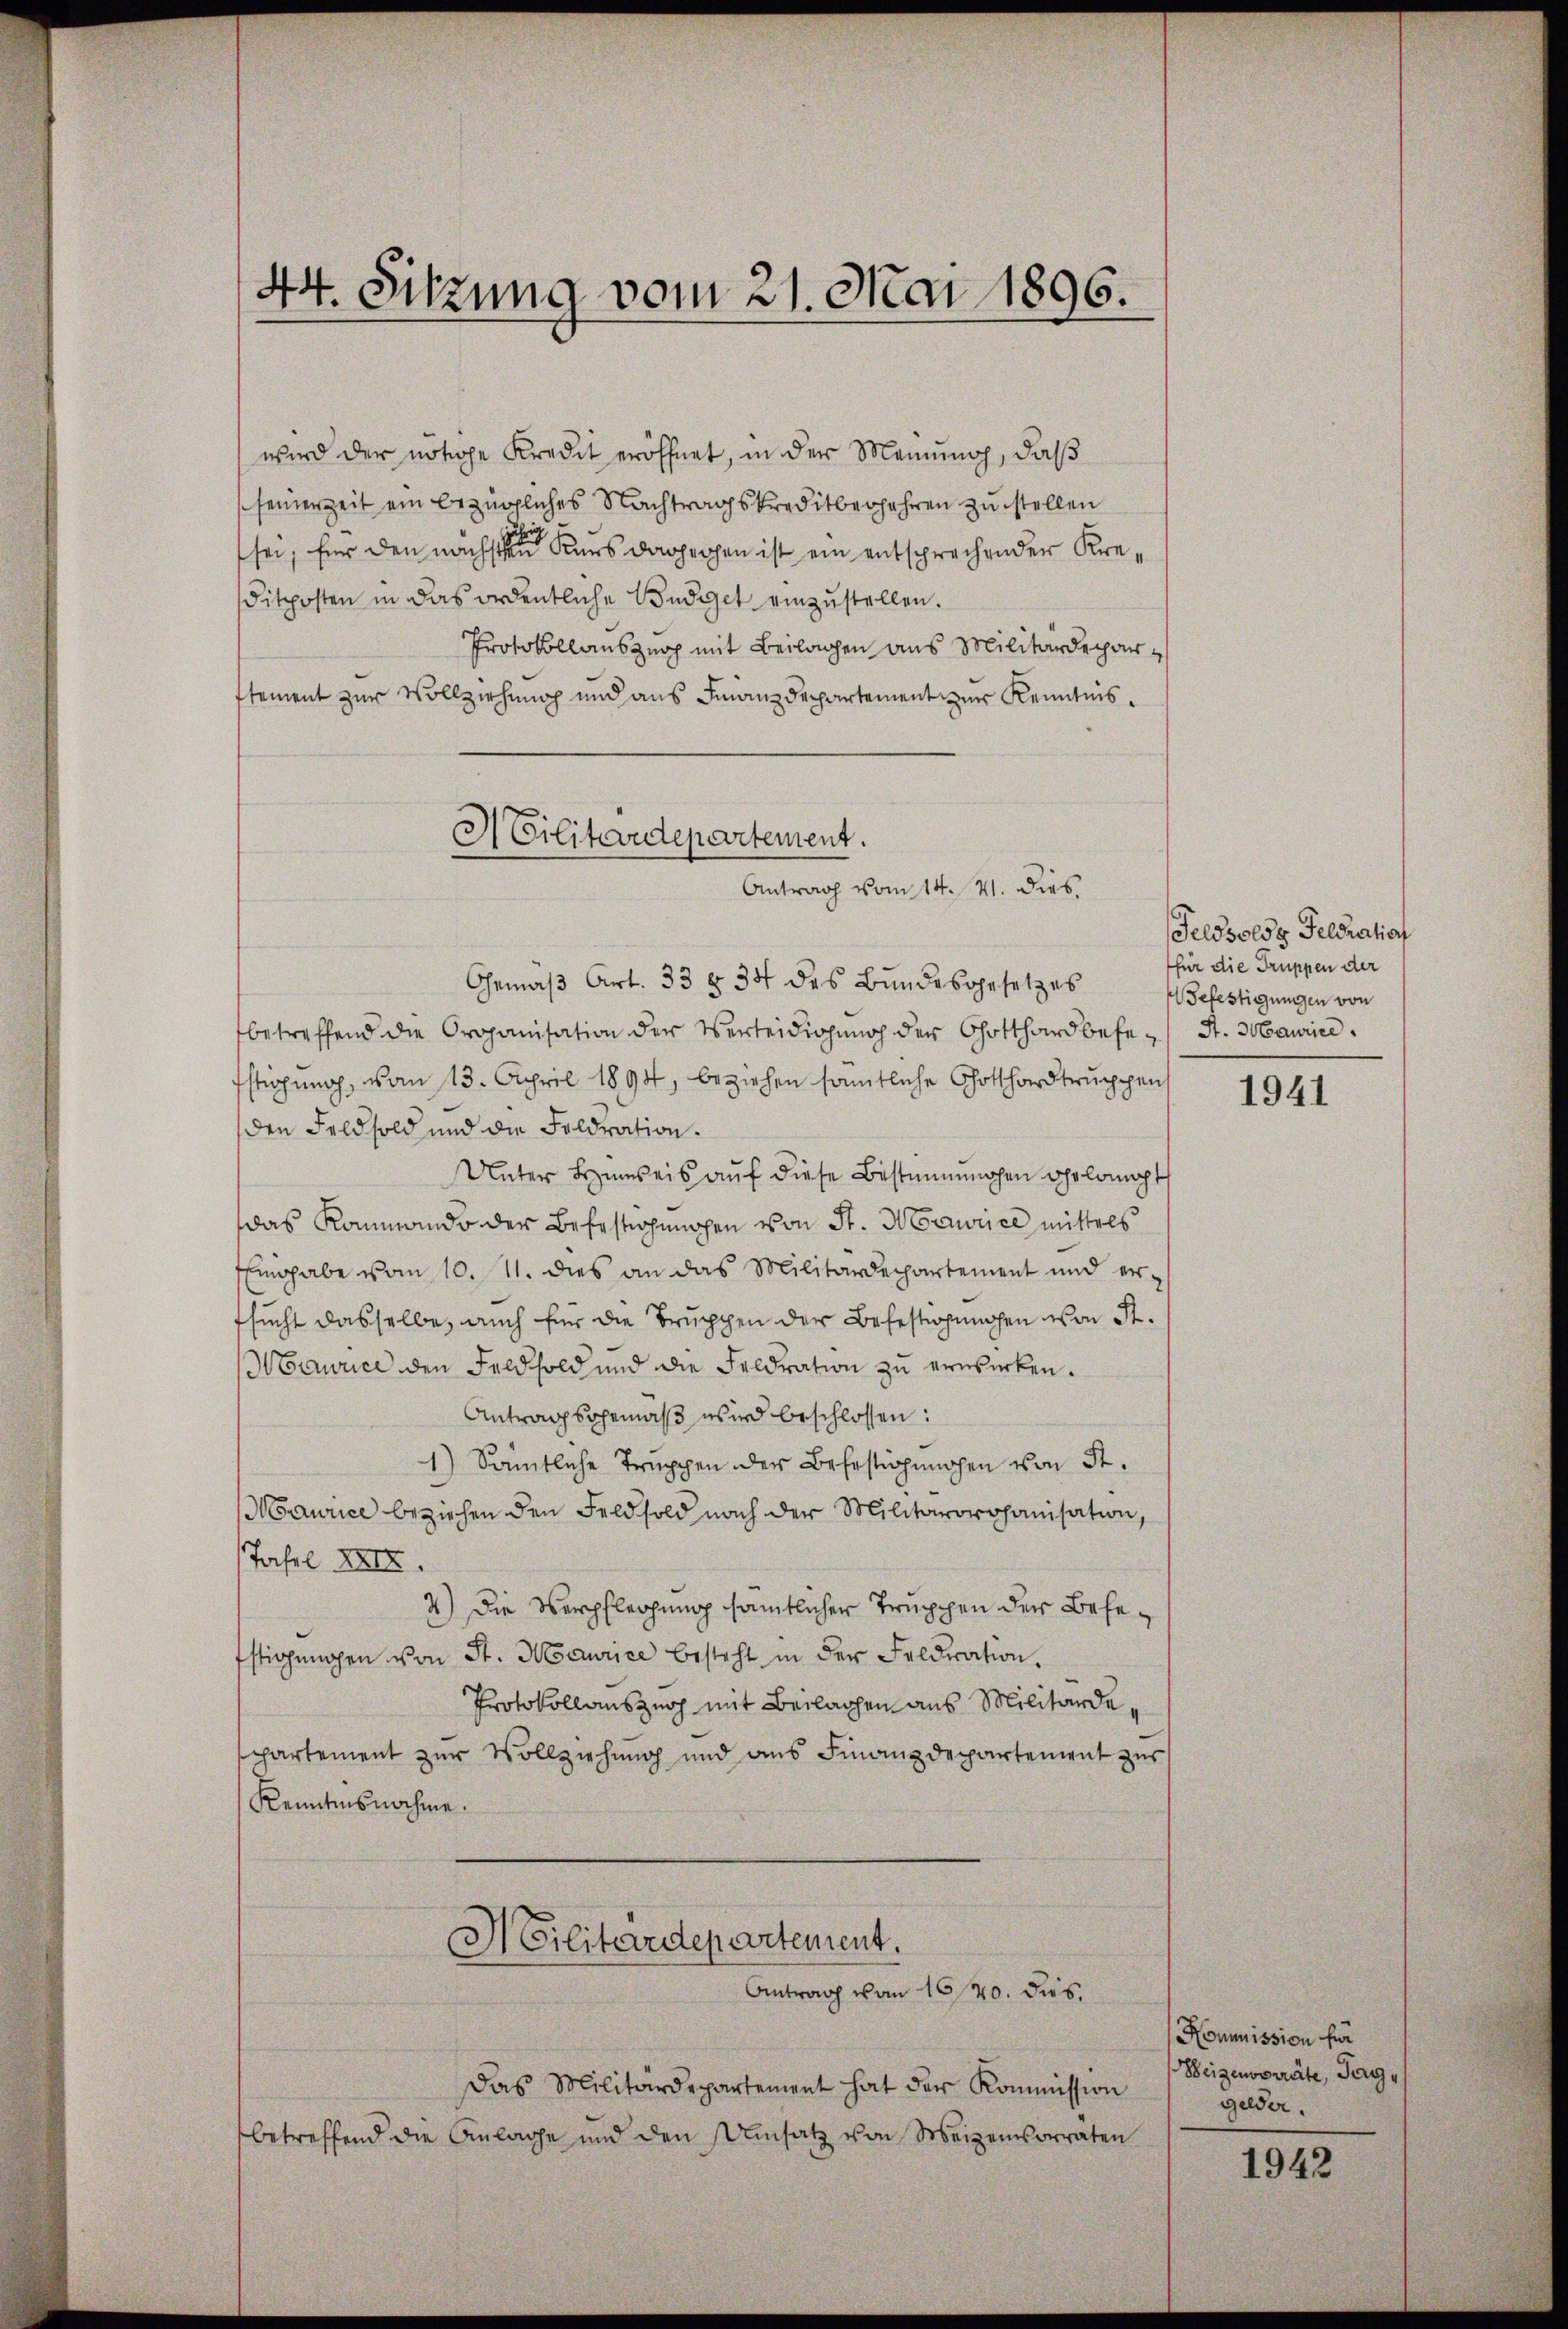
wird der nötige Kredit eröffnet, in der Meinung, daß
seinerzeit ein bezügliches Nachtragskreditbegehren zu stellen
sei, für den nächsten Kaus dagegen ist ein entsprechender Kreditposten in das ordentliche Budget einzustellen.
Protokollanszuop mit Beilagen aus Militärdeparstement zur Vollziehung und aus Finanzdepartement zur Kenntnis¬

44. Sitzung vom 21. Mai 1896.

Militärdepartement.
Antrag vom 14. 41. dies
Gemäβ Art. 33 § 34 des Bŭndesgesetzes

betreffend die Organisation der Verteidigung der Gotthard befe- St. Maurice
Estigŭng vom 13. April 1894, beziehen sämtliche Gotthardtruppen
den Feldsold und die Feldration.
Unter Hinweis auf diese Bestimohen ehrlomopt
das Kommando der Befestigungen von St. Maurice mittels
Eingabe vom 10. 11. dies an das Militärdepartement und er-
fsucht dasselbe, auch für die Truppen der Befestigungen von St.
Maurice den Feldsold und die Feldration zŭ erwirken.
Antragsgemäβ wird beschlossen:
1) Sämtliche Trŭppen der Befestigungen von St.
Maurice beziehen den Feldsold nach der Militärorganisation,
Tafel XXIX.
4) Die Verpflegung sämtlicher Truppen der Befe¬
4
fftigŭngen von St. Maurice besteht in der Feldration.
Protokollauszurh mit Beilagen aus Militärdeppartement zur Vollziehung und aus Finanzdepartement zur
Kenntnisnahme.
Militärdepartement.
Antrag von 1620. dies

Das Militärdepartement hat der Kommission
betreffend die Anlage und den Umsatz von Weizensorraten

Feldsolds Feldration
(für die Truppen der
Wefestigungen von

1941

Kommission für
Weizenvorräte, Tag,
gelder.

1942